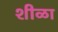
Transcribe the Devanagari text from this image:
शीळा